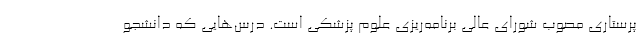
پرستاری مصوب شورای عالی برنامه‌ریزی علوم پزشکی است. درس‌هایی که دانشجو